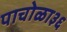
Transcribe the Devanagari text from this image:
पाचोळा३६